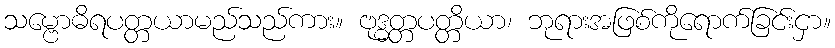
သမ္ဗောဓိရပတ္တယာမည်သည်ကား။ ဗုဒ္ဓတ္တပတ္တိယာ၊ ဘုရားအဖြစ်ကိုရောက်ခြင်းငှာ။